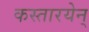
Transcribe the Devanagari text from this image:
कस्तारयेन्